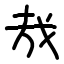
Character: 㦲